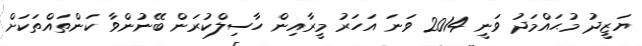
ޔަޒީދު މުޙައްމަދު ވަނީ 2014 ވަނަ އަހަރު މީރާއިން ހާސިލްކުރަން ބޭނުންވާ ކަންތައްތަކަށް